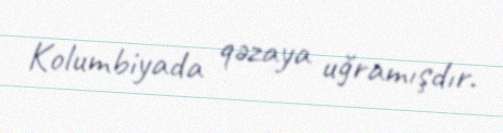
Kolumbiyada qəzaya uğramışdır.